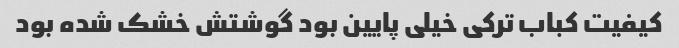
کیفیت کباب ترکی خیلی پایین بود گوشتش خشک شده بود